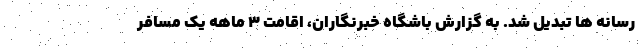
رسانه ها تبدیل شد. به گزارش باشگاه خبرنگاران، اقامت ۳ ماهه یک مسافر